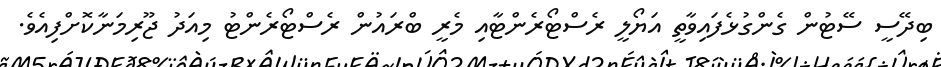
ބިދޭސީ ސޭޓުން ގެންގުޅެފައިވާތީ އަޔޯލީ ރެސްޓޯރެންޓާއި މެރީ ބްރައުން ރެސްޓޯރެންޓު މިއަދު ޖޫރިމަނާކޮށްފިއެވެ.